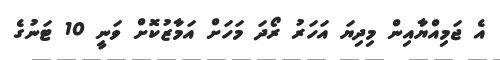
އެ ޖަމިއްޔާއިން މިދިޔަ އަހަރު ރޯދަ މަހަށް އަމާޒުކޮށް ވަނީ 10 ޓަނުގެ